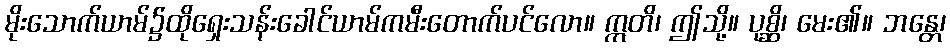
မိုးသောက်ယာမ်၌ထိုရှေးသန်းခေါင်ယာမ်ကမီးတောက်ပင်လော။ ဣတိ၊ ဤသို့။ ပုစ္ဆိ၊ မေး၏။ ဘန္တေ၊